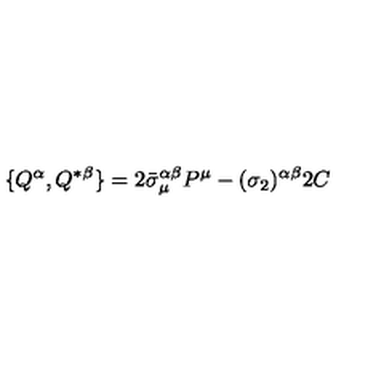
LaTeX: \{ Q ^ { \alpha } , Q ^ { * \beta } \} = 2 \bar { \sigma } _ { \mu } ^ { \alpha \beta } P ^ { \mu } - ( \sigma _ { 2 } ) ^ { \alpha \beta } 2 C